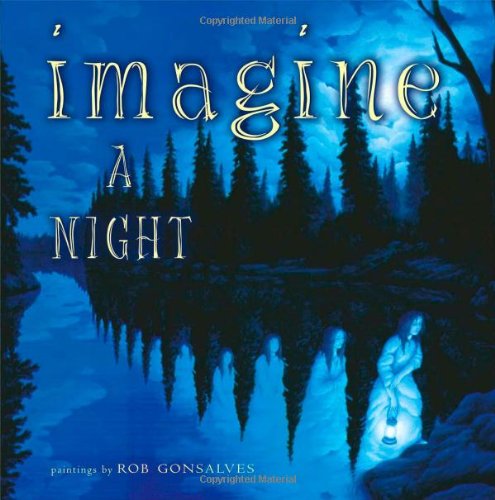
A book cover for Imagine a Night; Sarah L. Thomson; Children's Books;